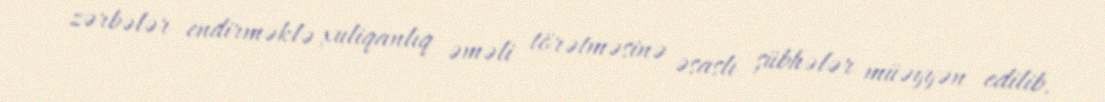
zərbələr endirməklə xuliqanlıq əməli törətməsinə əsaslı şübhələr müəyyən edilib.